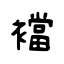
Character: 襠